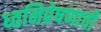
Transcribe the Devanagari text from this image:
ध्वनिप्रेषणाची